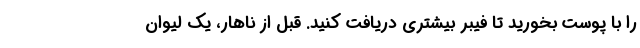
را با پوست بخورید تا فیبر بیشتری دریافت کنید. قبل از ناهار، یک لیوان